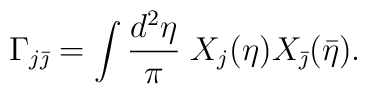
\Gamma_{j\bar{\jmath}} =\int \frac{d^2 \eta}{\pi} \; X_j(\eta)X_{\bar{\jmath}}(\bar{\eta}).